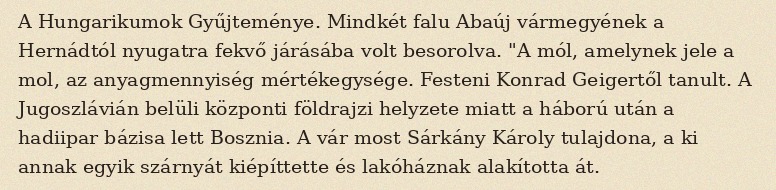
A Hungarikumok Gyűjteménye. Mindkét falu Abaúj vármegyének a Hernádtól nyugatra fekvő járásába volt besorolva. "A mól, amelynek jele a mol, az anyagmennyiség mértékegysége. Festeni Konrad Geigertől tanult. A Jugoszlávián belüli központi földrajzi helyzete miatt a háború után a hadiipar bázisa lett Bosznia. A vár most Sárkány Károly tulajdona, a ki annak egyik szárnyát kiépíttette és lakóháznak alakította át.